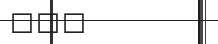
١٠١